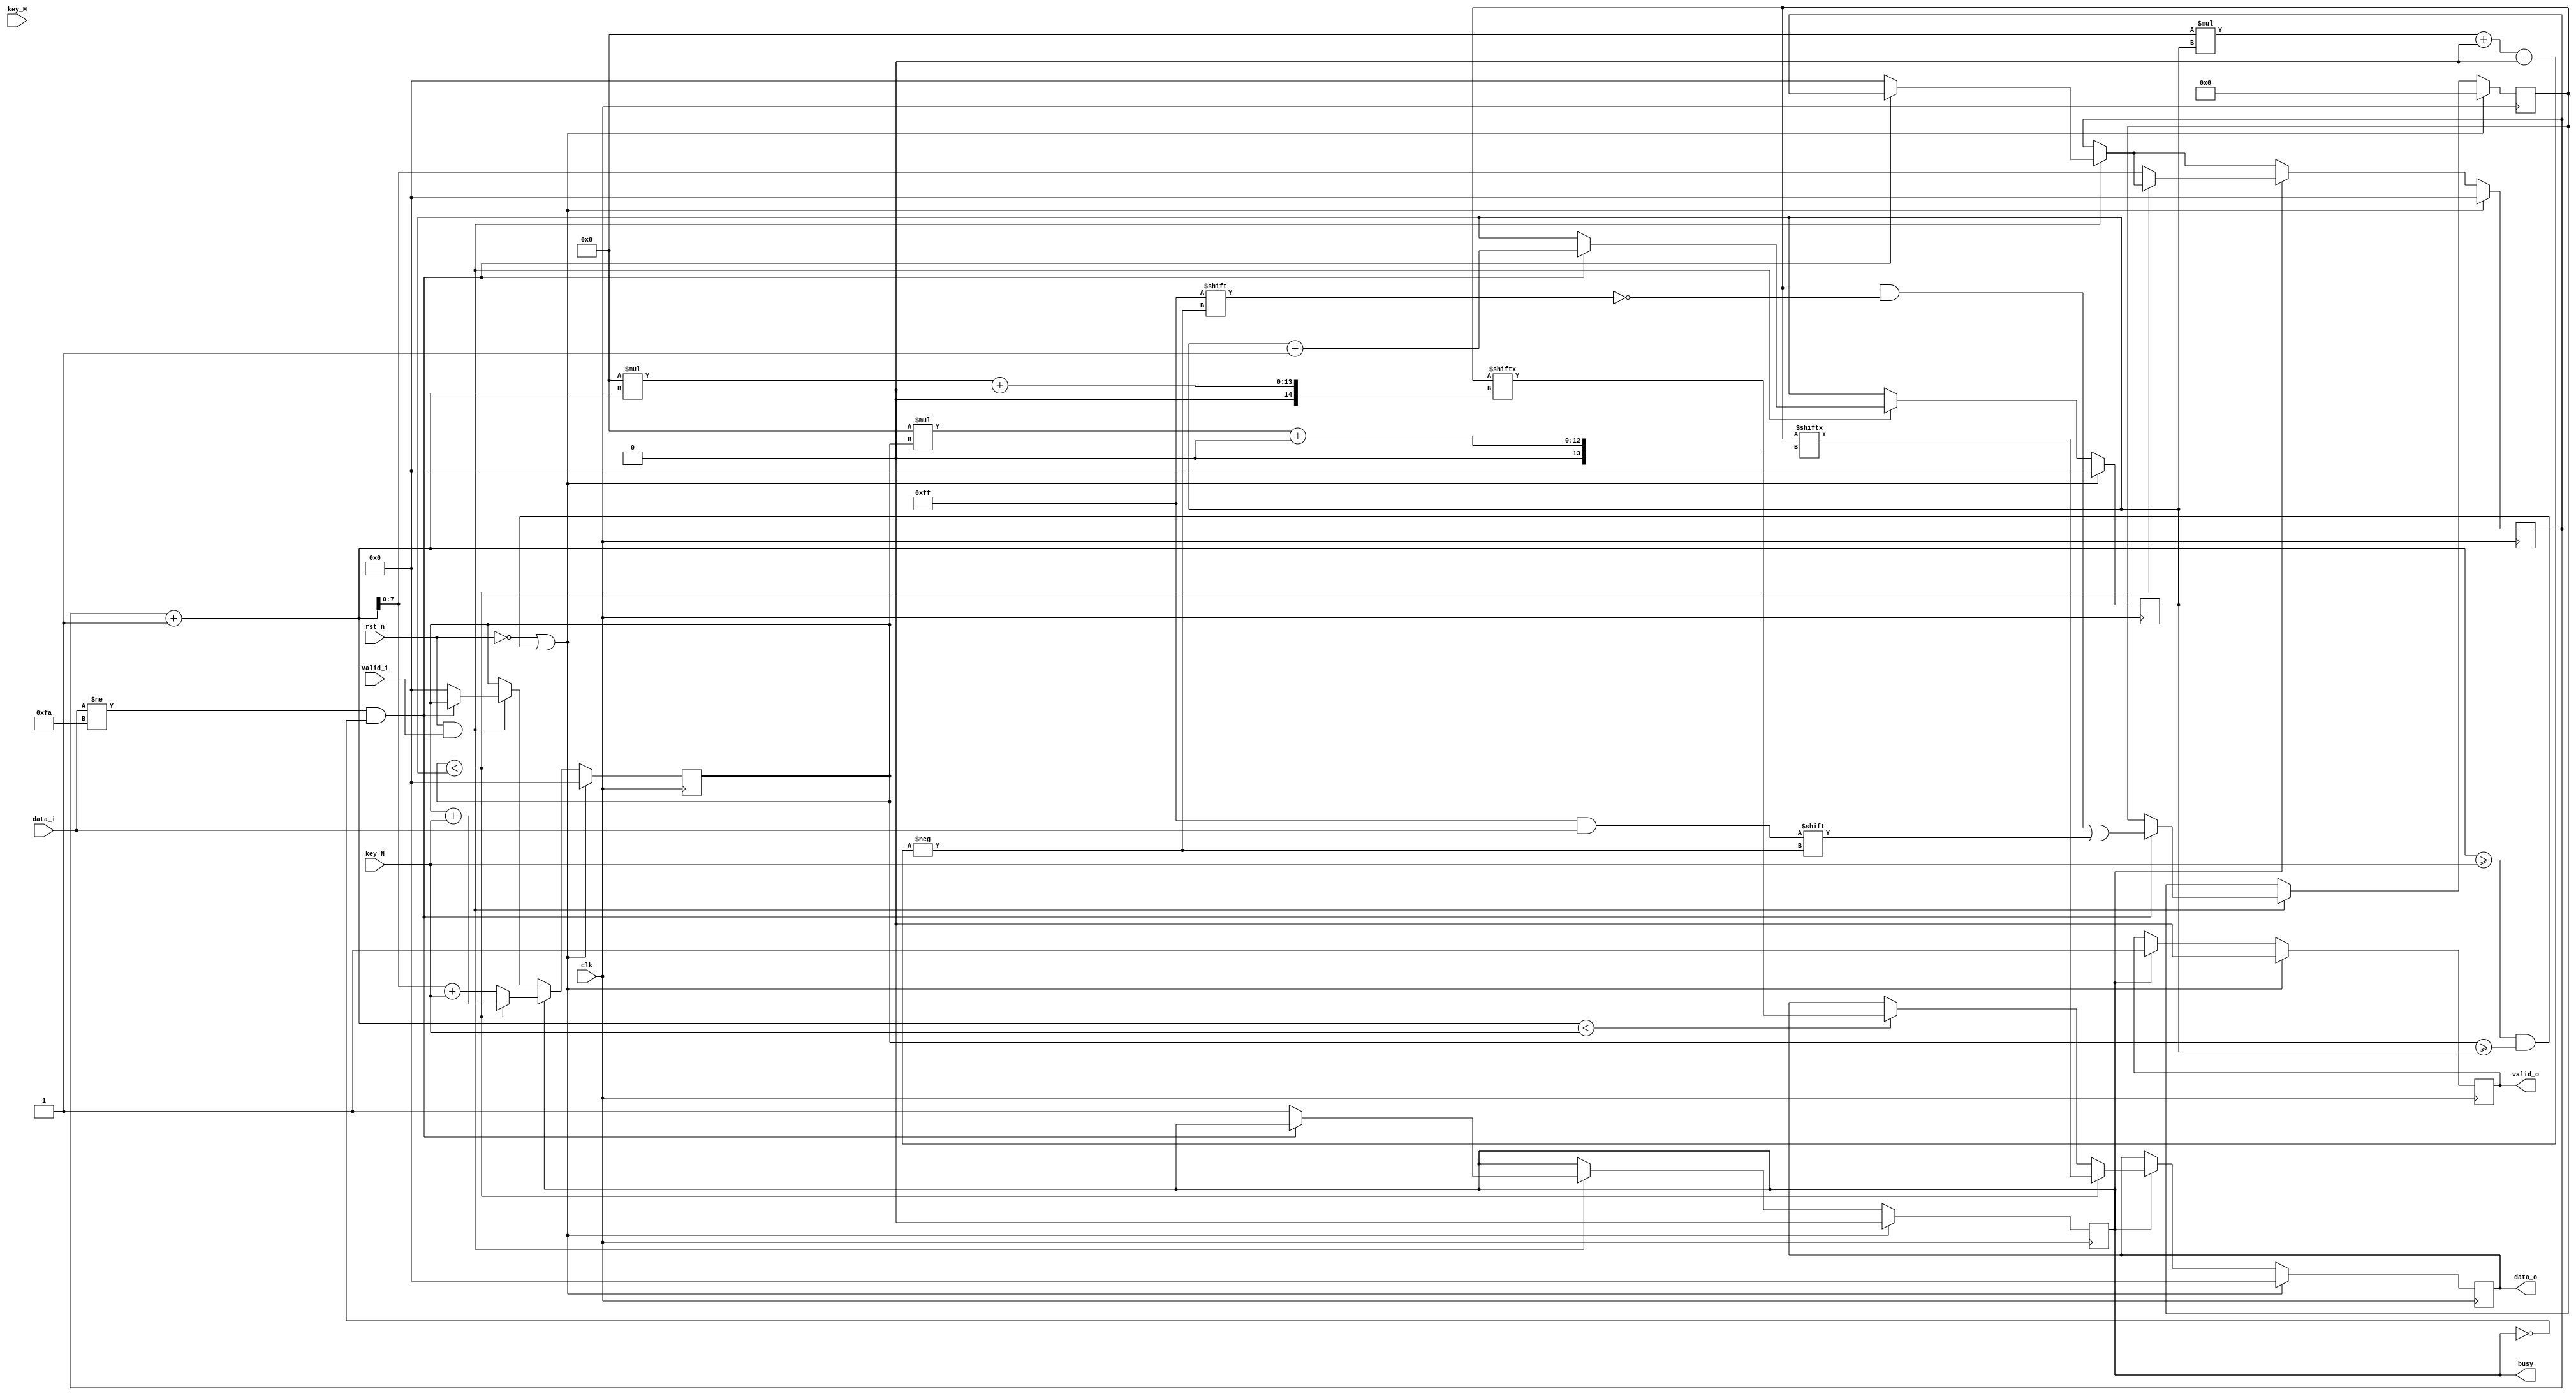
`timescale 1ns / 1ps
//////////////////////////////////////////////////////////////////////////////////
// Company:     A.C.S
// 
// Design Name: 
// Module Name:     scytale_decryption 
// Project Name:    Tema2_Decryption
// Target Devices:  N/A
// Tool versions:   14.5
// Description:     This block decrypts an scytale-encrypted message and
//                  sends it out, one character at a time
//
// Dependencies: N/A
//
// Revision: 
// Revision 0.01 - File Created
// Revision 0.02 - Doc Comments Added
// Revision 0.03 - First attempt at an implementation
// Revision 0.04 - Comment out $display and $write commands
// Revision 0.05 - General Logic Exmplained in top comment
// Revision 0.06 - Remove dumb comment & Change BA to NBA in always block
// Revision 0.07 - Merge nested ifs into a single one with cond1 & cond2
// Revision 0.08 - Change all tabs to spaces since Xilinx uses a 3-spaces-wide
//                 tab (WTF??) and all the code looks messy as a result of that.
// Revision 0.09 - Make a single reset state, instead of having 2
// Revision 0.10 - Add more comments along the way to explain what we're doing
//////////////////////////////////////////////////////////////////////////////////
module scytale_decryption#(
            parameter D_WIDTH = 8, 
            parameter KEY_WIDTH = 8, 
            parameter MAX_NOF_CHARS = 50,
            parameter START_DECRYPTION_TOKEN = 8'hFA
        )(
            // Clock and reset interface
            input clk,      // system clock
            input rst_n,    // negated reset
            
            // Input interface
            input[D_WIDTH - 1:0] data_i,    // The encrypted message
            input valid_i,                  // Input enable
            
            // Decryption Keys
            input[KEY_WIDTH - 1 : 0] key_N,     // Matrix columns
            input[KEY_WIDTH - 1 : 0] key_M,     // Matrix rows
            
            // Output interface
            output reg busy,                    // Indicates processing is taking place
            output reg[D_WIDTH - 1:0] data_o,   // The decrypted message
            output reg valid_o                  // Output enable
    );
    /////////////////////////// LOGIC OVERVIEW ///////////////////////////
    //    Everything happens on the positive edge of the [clk] signal   //
    //                                                                  //
    //    We're basically implementing a nested for loop                //
    //    The loop is then broken down as to execute one iteration per  //
    //    clock cycle.                                                  //
    //    The implemented loop is:                                      //
    //    for (int j = 0; j < key_N; j++) {                             //
    //        for (int k = j; k < i; k += key_N) {                      //
    //            print( message[k] );                                  //
    //        }                                                         //
    //    }                                                             //
    //                                                                  //
    //    As such, 2 aux variables are needed, j and k, to keep track of//
    //    the current position in the vector.                           //
    //////////////////////////////////////////////////////////////////////

    reg [D_WIDTH * MAX_NOF_CHARS - 1 : 0] message = 0;  // the encrypted message
    reg [KEY_WIDTH - 1 : 0] n = 0;  // the length of the encrypted message

    // Some auxiliary indexes i had no better names for
    reg [KEY_WIDTH - 1 : 0] i = 0;
    reg [KEY_WIDTH - 1 : 0] j = 0;

    always @(posedge clk) begin
        if (rst_n && valid_i) begin // reading the encrypted message
            // if we have not yet reached the end of the message, store each
            // letter into [message]
            // Note that message will have the string stored backwards
            if (data_i != START_DECRYPTION_TOKEN && !busy) begin
                message[D_WIDTH * n +: D_WIDTH ] <= data_i;
                n <= n + 1; // increment the character counter
            end else begin
                // Set indexes to 0
                i <= 0; j <= 0;
                busy <= 1;  // let the other devices connected to us know
                            // that we are busy
            end
        end

        if (busy) begin // output-ing the decrypted message
            // This prints the i'th line of the matrix
            if (j < n) begin
                valid_o <= 1;   // Set output_enable to high, so that
                                // other devices connected to us know
                                // we're not spitting bullshit rn
                data_o <= message[D_WIDTH * j +: D_WIDTH ];
                j <= j + key_N;
            end else begin
                valid_o <= 1;   // Same as above
                i <= i + 1; // Go to the next line
                
                // j becomes i+1 and not i because in the nested loop, blocking
                // assignments are implemented, and i++; j=i; means that j = i+1;
                // We have to also add key_N to j because we have to output some
                // data this iteration to. So we're basically performing
                // both an iteration and an incrementation in the same cycle
                // So this is basically the j needed for the second iteration
                // in the next loop
                j <= i + 1 + key_N;
                
                // the first iteration being implemented here
                if (i + 1 < key_N) begin
                    data_o <= message[D_WIDTH * (i+1) +: D_WIDTH ];
                end
            end
        end

        // If we were to model a FSM, this is the reset state
        // The events that would send us into such a state are:
        // 1. if the reset signal is high (rst_n is LOW)
        // 2. If we were hard working boys (or girls) and we just
        //    finished decrypting a message and outputting it
        // In both of those cases, we would like to reset all values
        // as to not interfere with future decryptions.
        //Ltptpehabhateseestt//(4)
        if ( rst_n == 0 || (i+1 >= key_N && j >= n)) begin
            n <= 0; i <= 0; j <= 0;
            message <= 0;
            valid_o <= 0;
            data_o <= 0;
            busy <= 0;
        end
    end
endmodule